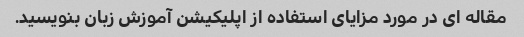
مقاله ای در مورد مزایای استفاده از اپلیکیشن آموزش زبان بنویسید.